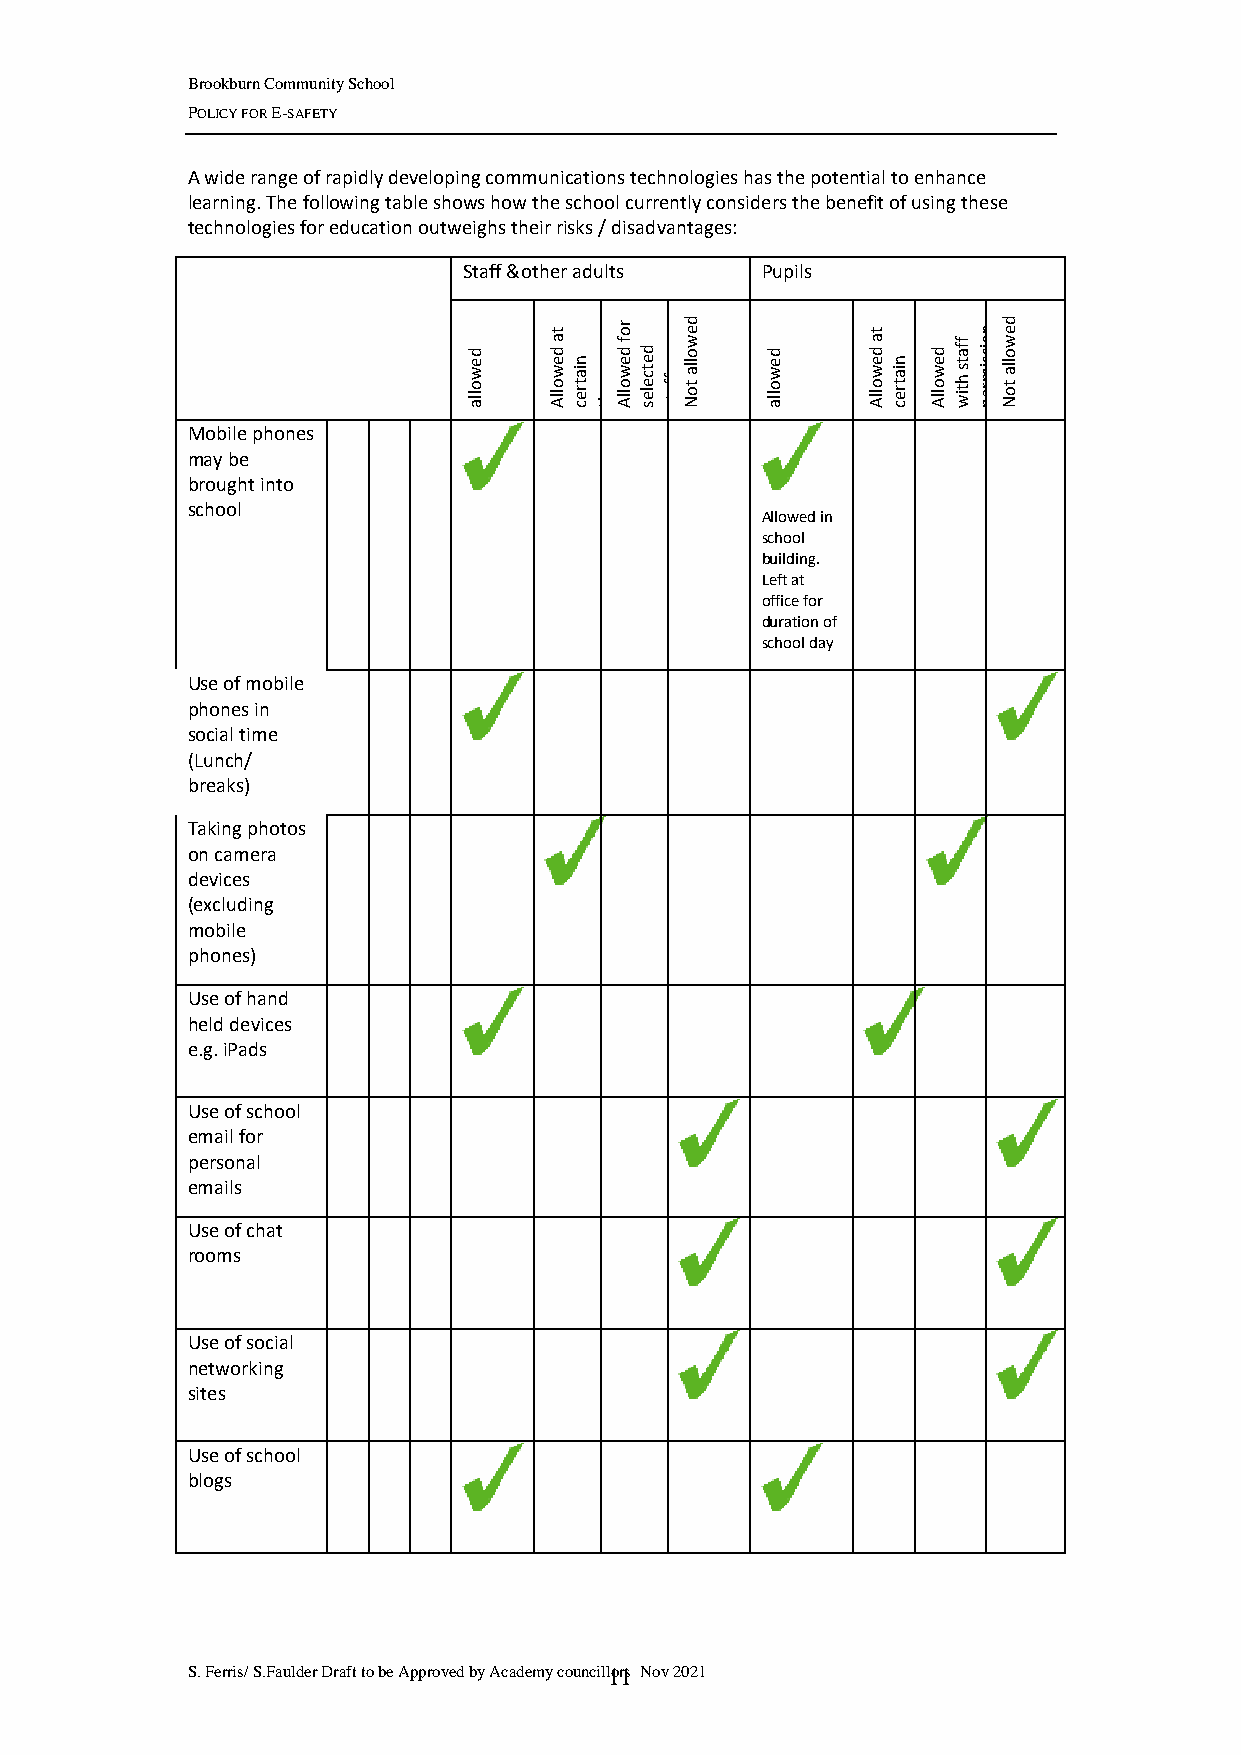
Brookburn Community School
 POLICY FOR E-SAFETY
 A wide range of rapidly developing communications technologies has the potential to enhance
 learning. The following table shows how the school currently considers the benefit of using these
 technologies for education outweighs their risks / disadvantages:
 Staff &other adults Pupils
 allowed Allowed
 at
 certain
 times
 Allowed
 for
 selected
 staff Not
 allowed
 ae
 lld
 ow
 Allowed
 at
 certain
 times
 Allowed
 with
 staff
 permission
 Not
 allowed
 Mobile phones
 may be
 brought into
 school
 Allowed in
 school
 building.
 Left at
 office for
 duration of
 school day
 Use of mobile
 phones in
 social time
 (Lunch/
 breaks)
 Taking photos
 on camera
 devices
 (excluding
 mobile
 phones)
 Use of hand
 held devices
 e.g. iPads
 Use of school
 email for
 personal
 emails
 Use of chat
 rooms
 Use of social
 networking
 sites
 Use of school
 blogs
 S. Ferris/ S.Faulder Draft to be Approved by Academy councill1or1s Nov 2021